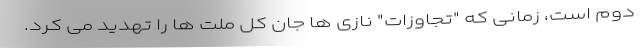
دوم است، زمانی که "تجاوزات" نازی ها جان کل ملت ها را تهدید می کرد.